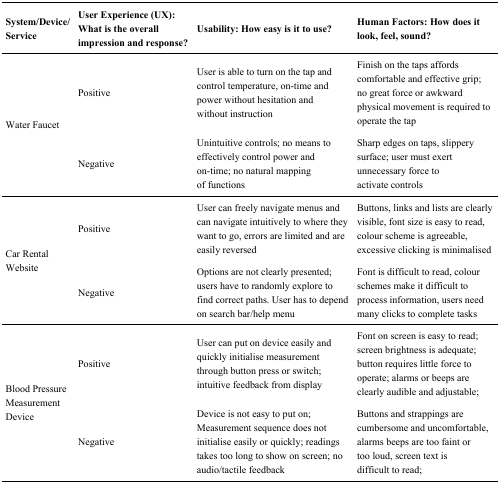
<table><thead><tr><td><b>System/Device/Service</b></td><td><b>User Experience (UX): What is the overall impression and response?</b></td><td><b>Usability: How easy is it to use?</b></td><td><b>Human Factors: How does it look, feel, sound?</b></td></tr></thead><tbody><tr><td rowspan="2">Water Faucet</td><td>Positive</td><td>User is able to turn on the tap and control temperature, on-time and power without hesitation and without instruction</td><td>Finish on the taps affords comfortable and effective grip; no great force or awkward physical movement is required to operate the tap</td></tr><tr><td>Negative</td><td>Unintuitive controls; no means to effectively control power and on-time; no natural mapping of functions</td><td>Sharp edges on taps, slippery surface; user must exert unnecessary force to activate controls</td></tr><tr><td rowspan="2">Car Rental Website</td><td>Positive</td><td>User can freely navigate menus and can navigate intuitively to where they want to go, errors are limited and are easily reversed</td><td>Buttons, links and lists are clearly visible, font size is easy to read, colour scheme is agreeable, excessive clicking is minimalised</td></tr><tr><td>Negative</td><td>Options are not clearly presented; users have to randomly explore to find correct paths. User has to depend on search bar/help menu</td><td>Font is difficult to read, colour schemes make it difficult to process information, users need many clicks to complete tasks</td></tr><tr><td rowspan="2">Blood Pressure Measurement Device</td><td>Positive</td><td>User can put on device easily and quickly initialise measurement through button press or switch; intuitive feedback from display</td><td>Font on screen is easy to read; screen brightness is adequate; button requires little force to operate; alarms or beeps are clearly audible and adjustable; </td></tr><tr><td>Negative</td><td>Device is not easy to put on; Measurement sequence does not initialise easily or quickly; readings takes too long to show on screen; no audio/tactile feedback</td><td>Buttons and strappings are cumbersome and uncomfortable, alarms beeps are too faint or too loud, screen text is difficult to read;</td></tr></tbody></table>